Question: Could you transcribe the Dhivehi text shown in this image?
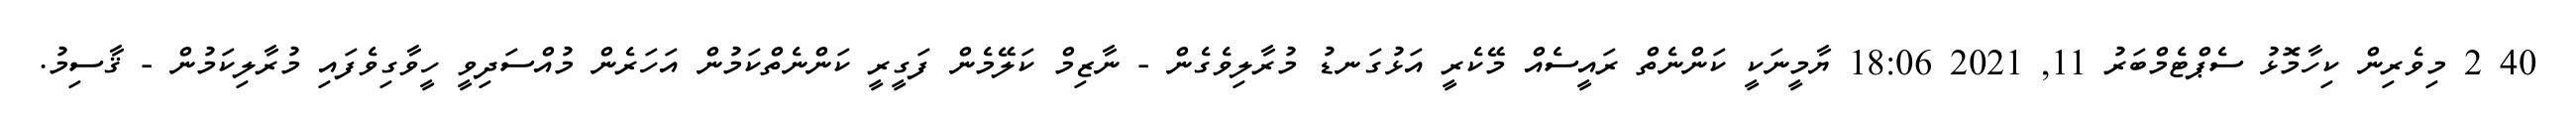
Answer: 40 2 މިވެރިން ކިހާމޮޅު ސެޕްޓެމްބަރު 11, 2021 18:06 ޔާމީނަކީ ކަންނެތް ރައީސެއް މޭކެރީ އަޅުގަނޑު މުރާލިވެގެން - ނާޒިމް ކަލޭމެން ފަގީރީ ކަންނެތްކަމުން އަހަރެން މުއްސަދިވީ ހީވާގިވެފައި މުރާލިކަމުން - ޤާސިމު.